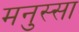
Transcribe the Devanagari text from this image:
मनुस्सा